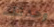
وحدتك